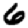
Digit: 6